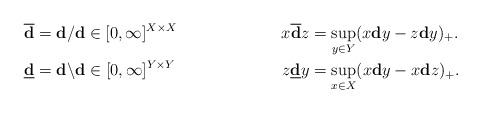
LaTeX: \begin{align*}\overline{\mathbf{d}}&=\mathbf{d}/\mathbf{d}\in[0,\infty]^{X\times X}&&&x\overline{\mathbf{d}}z&=\sup_{y\in Y}(x\mathbf{d}y-z\mathbf{d}y)_+.\\\underline{\mathbf{d}}&=\mathbf{d}\backslash\mathbf{d}\in[0,\infty]^{Y\times Y}&&&z\underline{\mathbf{d}}y&=\sup_{x\in X}(x\mathbf{d}y-x\mathbf{d}z)_+.\end{align*}